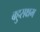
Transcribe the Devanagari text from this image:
बहुसक्षम